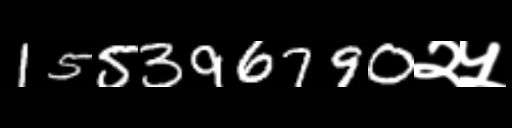
Text: 155396790२५